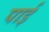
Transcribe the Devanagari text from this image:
पार्इ